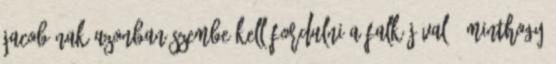
Jacob-nak azonban szembe kell fordulni a falkájával - minthogy